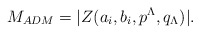
\begin{align*}M_{ADM}=|Z(a_i,b_i,p^\Lambda,q_\Lambda)|.\end{align*}